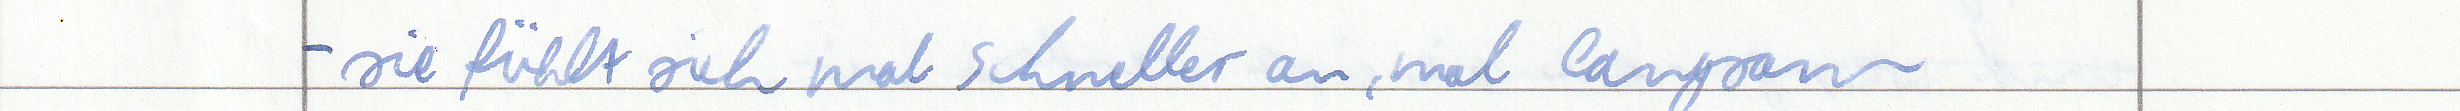
- sie fühlt sich mal schneller an, mal langsam